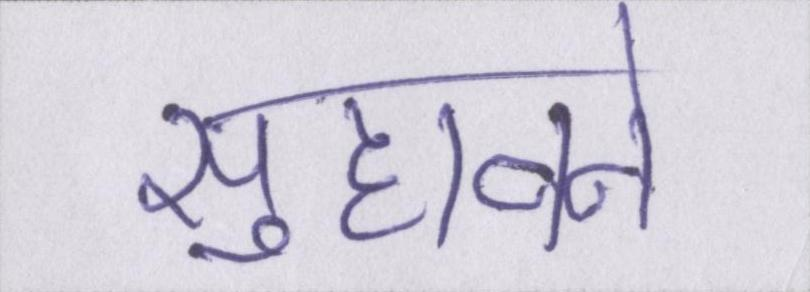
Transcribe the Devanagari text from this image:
सुहावने